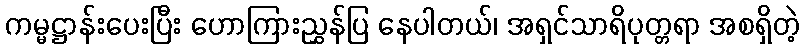
ကမ္မဋ္ဌာန်းပေးပြီး ဟောကြားညွှန်ပြ နေပါတယ်၊ အရှင်သာရိပုတ္တရာ အစရှိတဲ့